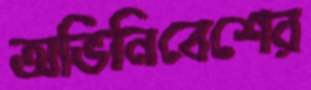
অভিনিবেশের